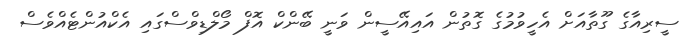
ސީރިއާގެ ގޫތާއަށް އެހީވުމުގެ ގޮތުން އައިއޭސީން ވަނީ ބޭންކް އޮފް މޯލްޑިވްސްގައި އެކްއުންޓެއްވެސް